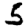
Digit: 5